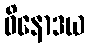
ဝိနောဒယ